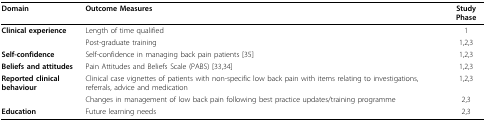
<table><thead><tr><td><b>Domain</b></td><td><b>Outcome Measures</b></td><td><b>Study Phase</b></td></tr></thead><tbody><tr><td><b>Clinical experience</b></td><td>Length of time qualified</td><td>1</td></tr><tr><td></td><td>Post-graduate training</td><td>1,2,3</td></tr><tr><td><b>Self-confidence</b></td><td>Self-confidence in managing back pain patients [35]</td><td>1,2,3</td></tr><tr><td><b>Beliefs and attitudes</b></td><td>Pain Attitudes and Beliefs Scale (PABS) [33,34]</td><td>1,2,3</td></tr><tr><td><b>Reported clinical behaviour</b></td><td>Clinical case vignettes of patients with non-specific low back pain with items relating to investigations, referrals, advice and medication</td><td>1,2,3</td></tr><tr><td></td><td>Changes in management of low back pain following best practice updates/training programme</td><td>2,3</td></tr><tr><td><b>Education</b></td><td>Future learning needs</td><td>2,3</td></tr></tbody></table>